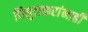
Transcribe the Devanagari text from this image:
चिमुलकरांनाही